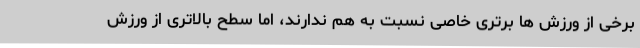
برخی از ورزش ها برتری خاصی نسبت به هم ندارند، اما سطح بالاتری از ورزش